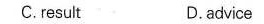
C.result D.Advice